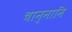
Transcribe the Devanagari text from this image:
चान्नानि